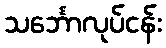
သင်္ဘောလုပ်ငန်း